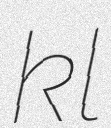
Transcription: kl